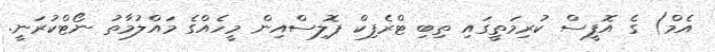
އެމް) ގެ އޮފީސް ކުރިމަތީގައި ތިބި ޓްރެފިކް ޕޮލިސްއިން މީހެއްގެ މައްލުމާތު ނޯޓްކުރަނީ.